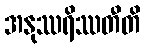
အနုဿရိဿတီတိ